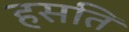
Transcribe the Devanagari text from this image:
हसति